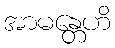
အာမန္တေဟိ